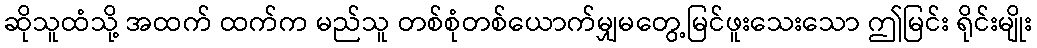
ဆိုသူထံသို့ အထက် ထက်က မည်သူ တစ်စုံတစ်ယောက်မျှမတွေ့မြင်ဖူးသေးသော ဤမြင်း ရိုင်းမျိုး